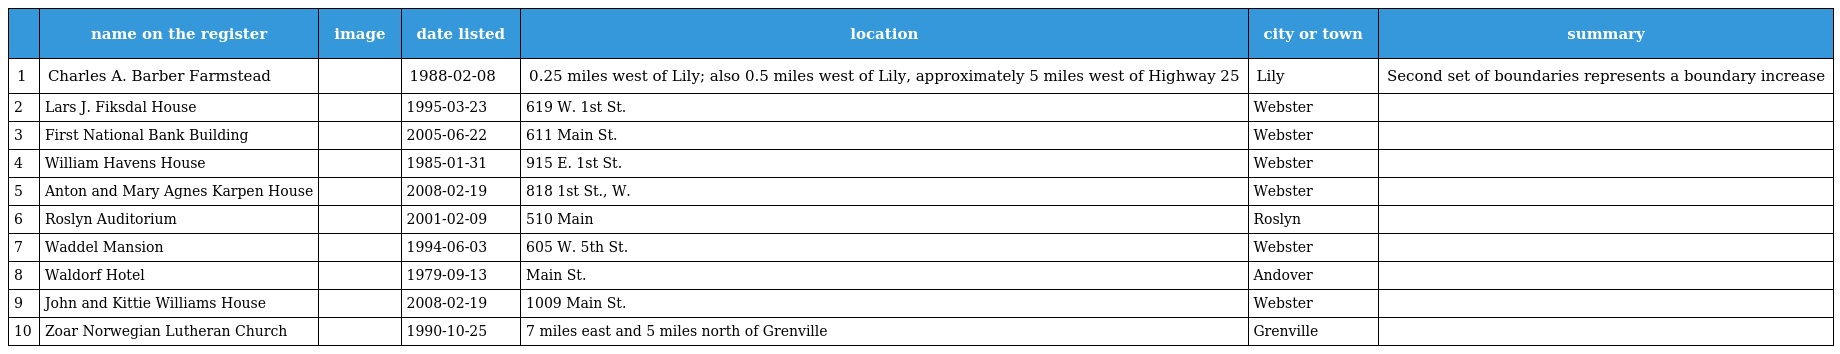
|  | name on the register | image | date listed | location | city or town | summary |
 | --- | --- | --- | --- | --- | --- | --- |
 | 1 | Charles A. Barber Farmstead |  | 1988-02-08 | 0.25 miles west of Lily; also 0.5 miles west of Lily, approximately 5 miles west of Highway 25 | Lily | Second set of boundaries represents a boundary increase |
 | 2 | Lars J. Fiksdal House |  | 1995-03-23 | 619 W. 1st St. | Webster |  |
 | 3 | First National Bank Building |  | 2005-06-22 | 611 Main St. | Webster |  |
 | 4 | William Havens House |  | 1985-01-31 | 915 E. 1st St. | Webster |  |
 | 5 | Anton and Mary Agnes Karpen House |  | 2008-02-19 | 818 1st St., W. | Webster |  |
 | 6 | Roslyn Auditorium |  | 2001-02-09 | 510 Main | Roslyn |  |
 | 7 | Waddel Mansion |  | 1994-06-03 | 605 W. 5th St. | Webster |  |
 | 8 | Waldorf Hotel |  | 1979-09-13 | Main St. | Andover |  |
 | 9 | John and Kittie Williams House |  | 2008-02-19 | 1009 Main St. | Webster |  |
 | 10 | Zoar Norwegian Lutheran Church |  | 1990-10-25 | 7 miles east and 5 miles north of Grenville | Grenville |  |